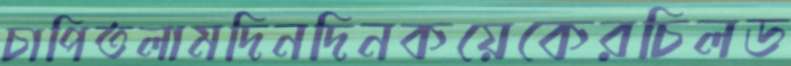
চাপিতলামদিনদিনকয়েকেরচিলড